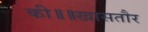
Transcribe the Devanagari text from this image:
की॥॥खासतौर